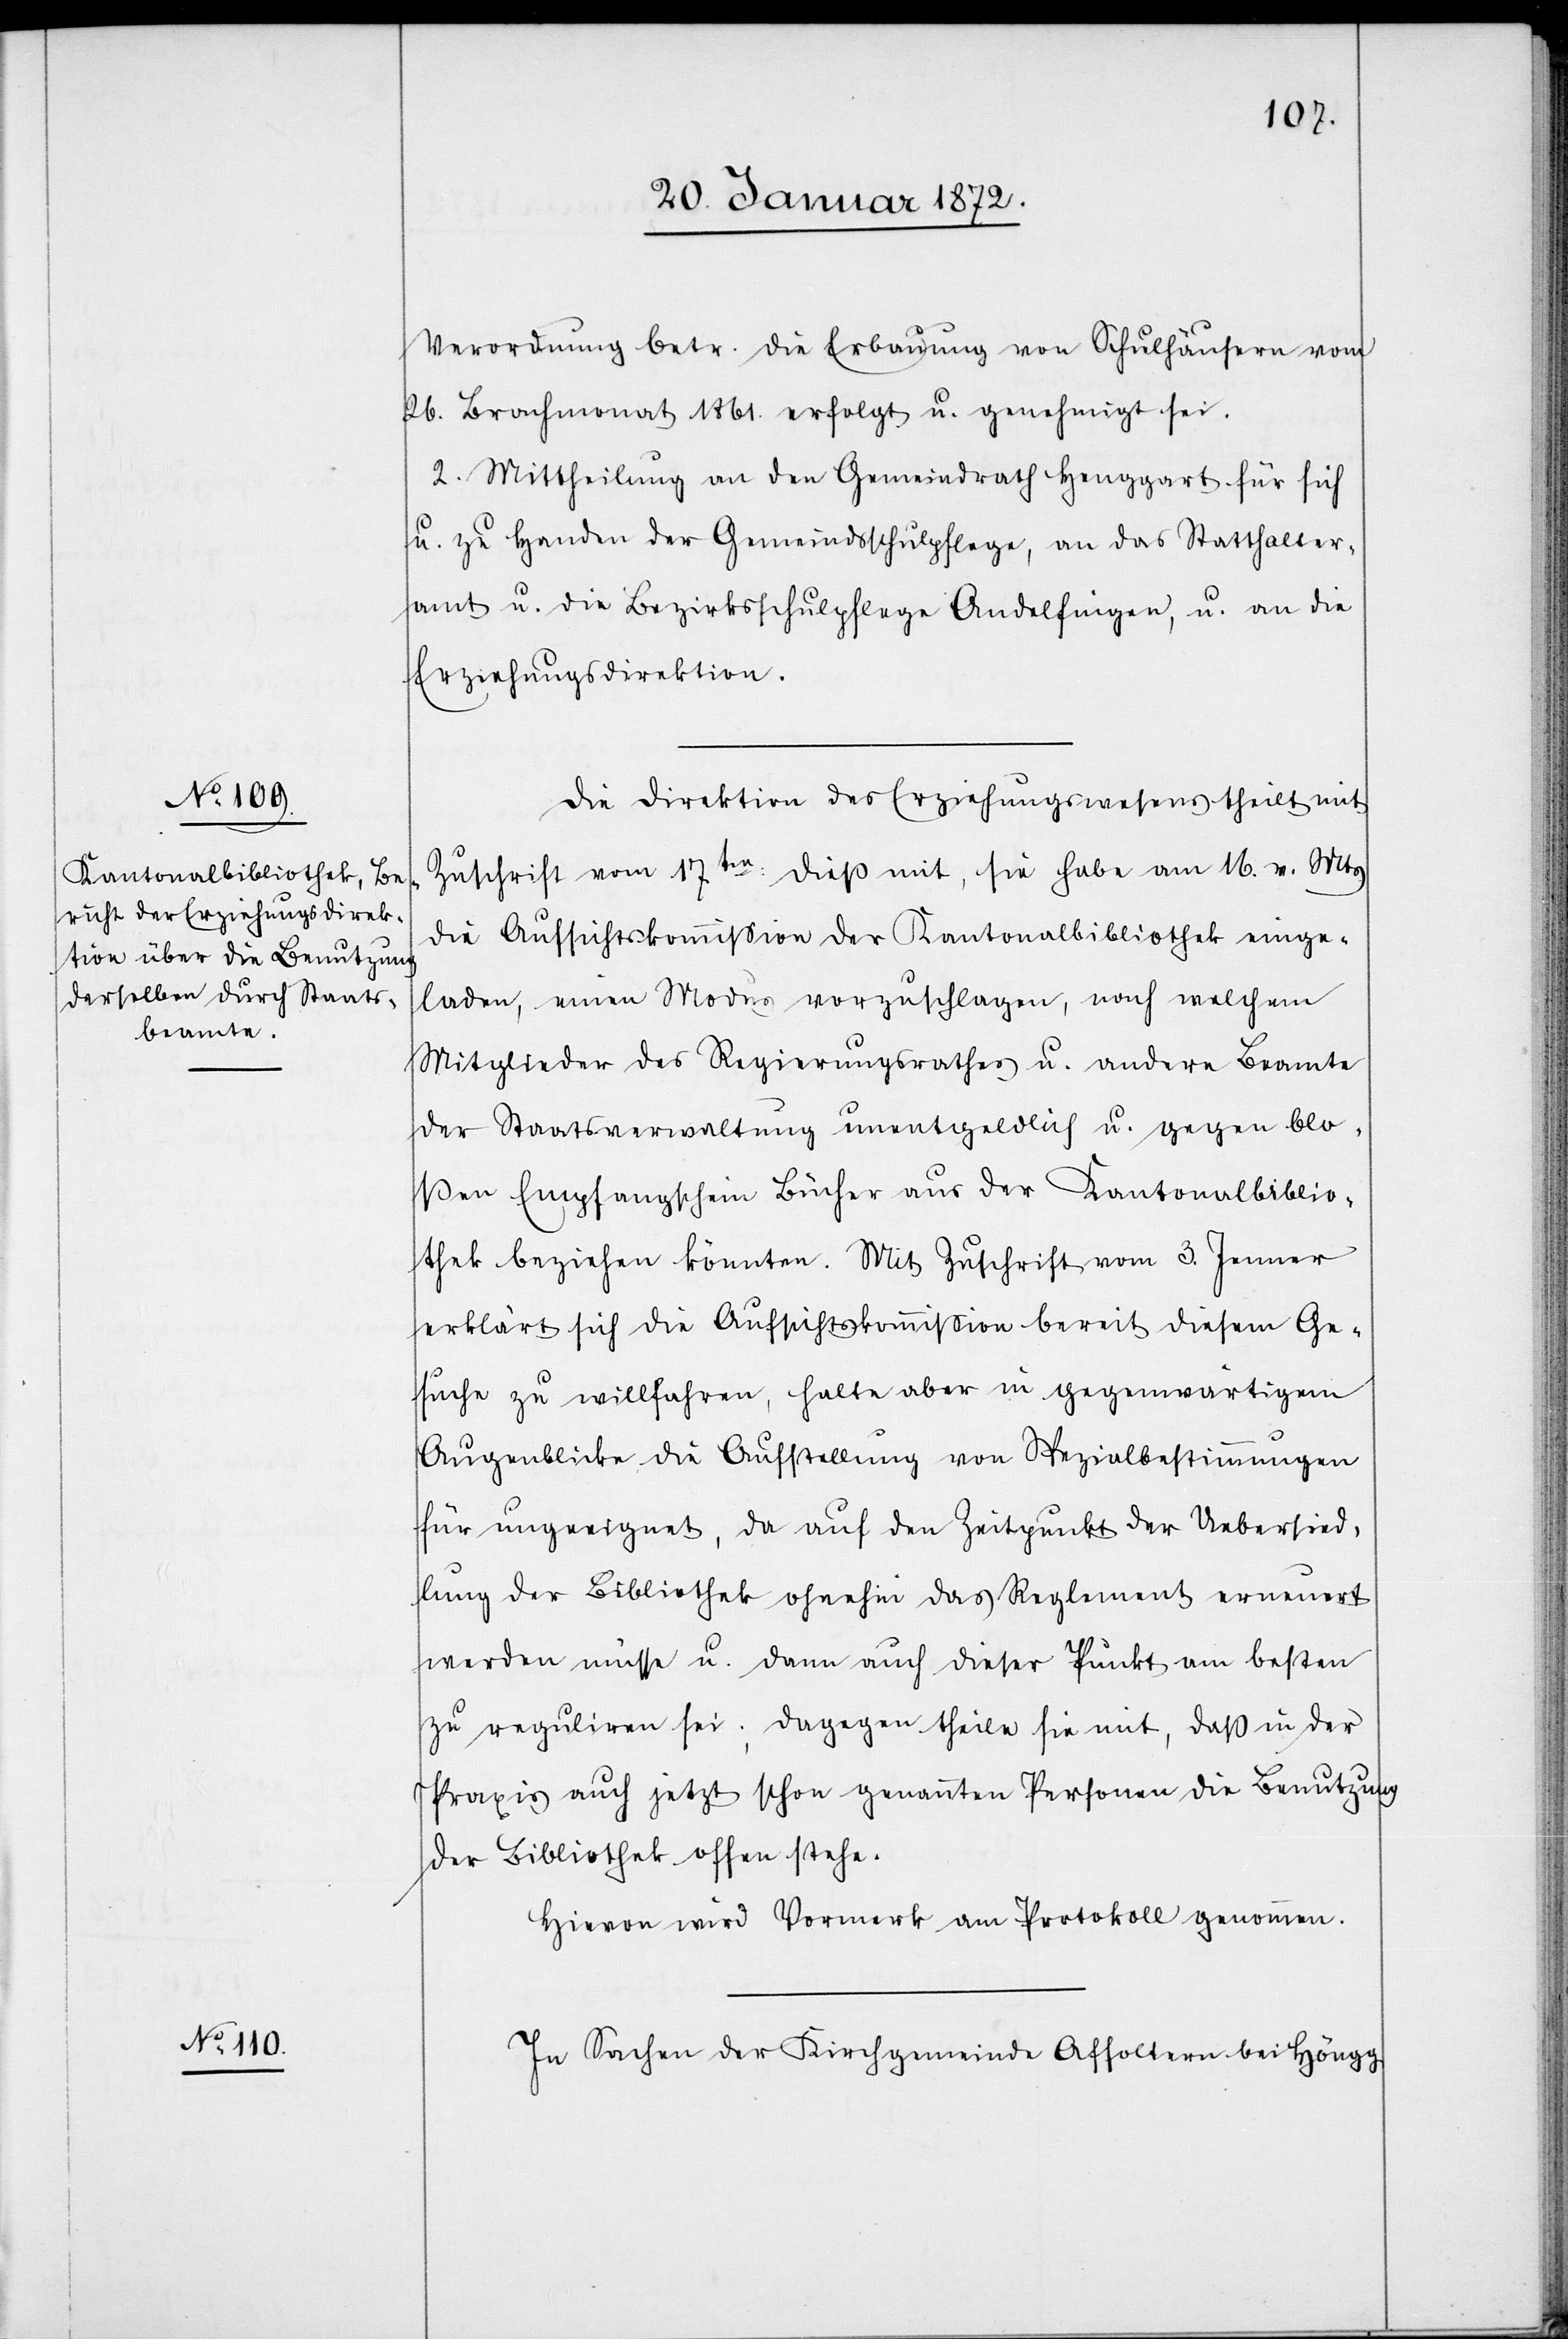
Verordnung betr. die Erbauung von Schulhäusern vom
26. Brachmonat 1861. erfolgt u. genehmigt sei.
2. Mittheilung an den Gemeindrath Henggart für sich
u. zu Handen der Gemeindsschulpflege, an das Statthalter¬
amt u. die Bezirksschulpflege Andelfingen, u. an die
Erziehungsdirektion.
Die Direktion des Erziehungswesens theilt mit
Zuschrift vom 17ten: dieß mit, sie habe am 16. v. Mts
die Aufsichtskommission der Kantonalbibliothek einge¬
laden, einen Modus vorzuschlagen, nach welchem
Mitglieder des Regierungsrathes u. andere Beamte
der Staatsverwaltung unentgeldlich u. gegen blo¬
ßen Empfangschein Bücher aus den Kantonalbiblio¬
thek beziehen könnten. Mit Zuschrift vom 3. Jenner
erklärt sich die Aufsichtskommission bereit diesem Ge¬
suche zu willfahren, halte aber in gegenwärtigem
Augenblicke die Aufstellung von Spezialbestimmungen
für ungeeignet, da auf den Zeitpunkt der Uebersied¬
lung der Bibliothek ohnehin das Reglement erneuert
werden müsse u. dann auch dieser Punkt am besten
zu reguliren sei; dagegen theile sie mit, daß in der
Praxis auch jetzt schon genannten Personen die Benutzung
der Bibliothek offen stehe.
Hievon wird Vormerk am Protokoll genommen.
In Sachen der Kirchgemeinde Affoltern bei Höngg